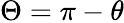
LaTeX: \Theta=\pi-\theta